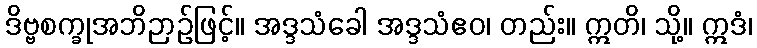
ဒိဗ္ဗစက္ခုအဘိဉာဉ်ဖြင့်။ အဒ္ဒသံခေါ အဒ္ဒသံဧဝ၊ တည်း။ ဣတိ၊ သို့။ ဣဒံ၊